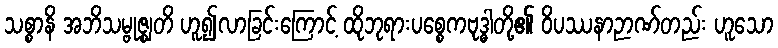
သစ္စာနိ အဘိသမ္ဗုဇ္ဈတိ ဟူ၍လာခြင်းကြောင့် ထိုဘုရားပစ္စေကဗုဒ္ဓါတို့၏ ဝိပဿနာဉာဏ်တည်း ဟူသော